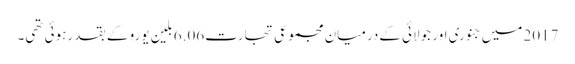
2017 میں جنوری اور جولائی کےدرمیان مجموعی تجارت 6.06 بلین یورو کے بقد رہوئی تھی۔